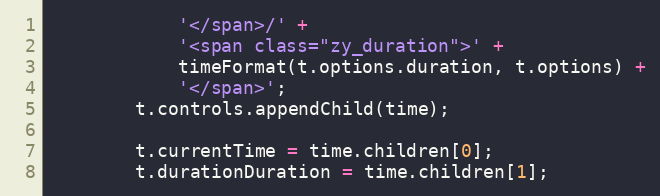
Language: JavaScript
			'</span>/' +
			'<span class="zy_duration">' +
			timeFormat(t.options.duration, t.options) +
			'</span>';
		t.controls.appendChild(time);

		t.currentTime = time.children[0];
		t.durationDuration = time.children[1];